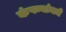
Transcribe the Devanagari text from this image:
कंपन्यांमधे